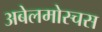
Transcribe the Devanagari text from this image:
अबेलमोस्चस